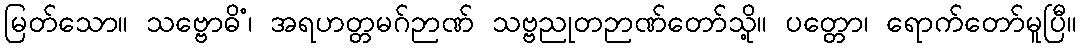
မြတ်သော။ သဗ္ဗောဓိံ၊ အရဟတ္တမဂ်ဉာဏ် သဗ္ဗညုတဉာဏ်တော်သို့။ ပတ္တော၊ ရောက်တော်မူပြီ။